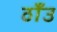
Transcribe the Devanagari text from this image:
ठाँउ